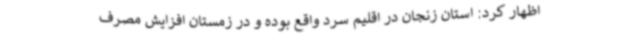
اظهار کرد: استان زنجان در اقلیم سرد واقع بوده و در زمستان افزایش مصرف